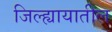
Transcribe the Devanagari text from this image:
जिल्ह्यायातील